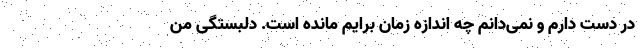
در دست دارم و نمی‌دانم چه اندازه زمان برایم مانده است. دلبستگی من